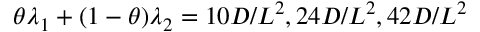
\theta \lambda _ { 1 } + ( 1 - \theta ) \lambda _ { 2 } = 1 0 D / L ^ { 2 } , 2 4 D / L ^ { 2 } , 4 2 D / L ^ { 2 }